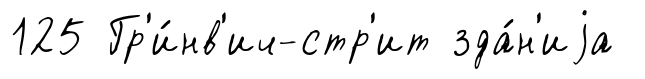
125 Гр'и́нв'ич-стр'ит зда́н'иjа